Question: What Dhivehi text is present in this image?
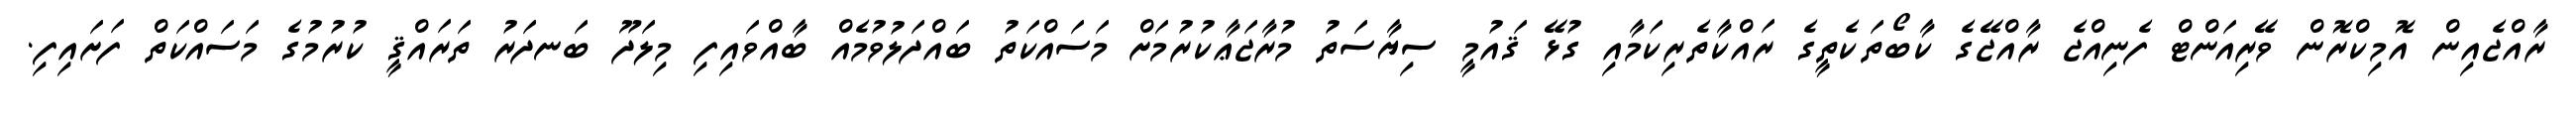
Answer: ރާއްޖެއިން އޮމިކްރޮން ވޭރިއަންޓް ފެނިއްޖެ ރާއްޖޭގެ ކާބޯތަކެތީގެ ރައްކާތެރިކަމާއި ގުޅޭ ޤައުމީ ސިޔާސަތު މުރާޖަޢާކުރުމަށް މަސައްކަތު ބައްދަލުވުމެއް ބާއްވައިފި މިލަދޫ ބަނދަރު ތަރައްޤީ ކުރުމުގެ މަސައްކަތް ފަށައިފި.